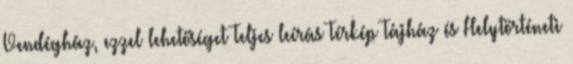
Vendégház, ezzel lehetőséget Teljes leírás Térkép Tájház és Helytörténeti